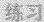
练习